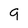
Character: 9